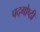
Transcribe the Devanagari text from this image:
पदगोष्ठी